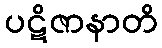
ပဋိဇာနာတိ